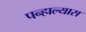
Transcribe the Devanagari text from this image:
पन्हाल्यास